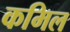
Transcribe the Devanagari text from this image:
कमिल